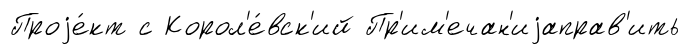
Проjе́кт с Корол'е́вск'ий Пр'им'ечан'иjаправ'ить